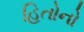
હિતોનો